Report on the cultivation and use of ganja
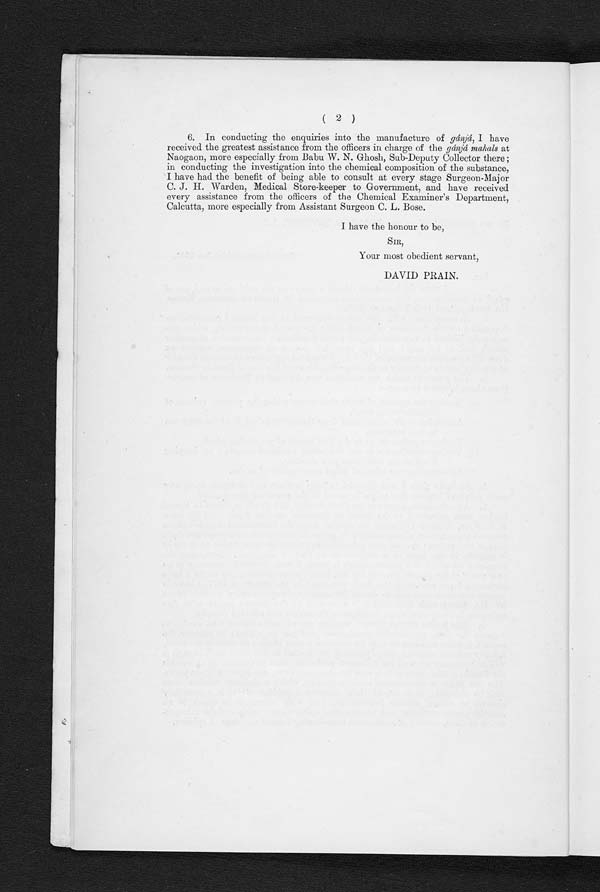
( 2 )
6. In conducting the enquiries into the manufacture of gánjá,I h a v e
received the greatest assistance from the officers in charge of the gánjá mahalsa t
Naogaon, more especially from Babu W. N. Ghosh, Sub-Deputy Collector there
in conducting the investigation into the chemical composition of the substance,
I have had the benefit of being able to consult at every stage Surgeon-Major
C. J. Warden, Medical Store-keeper to Government, and have received
every assistance from the officers of the Chemical Examiner's Department,
Calcutta, more especially from Assistant Surgeon C. L. Bose.
I have the honour to be,
SIR,
Your most obedient servant,
DAVID PRAIN.